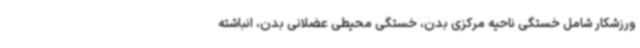
ورزشکار شامل خستگی ناحیه مرکزی بدن، خستگی محیطی عضلانی بدن، انباشته